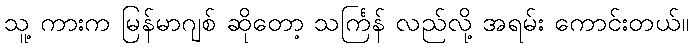
သူ့ ကားက မြန်မာဂျစ် ဆိုတော့ သင်္ကြန် လည်လို့ အရမ်း ကောင်းတယ်။